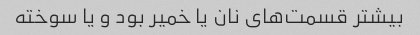
بیشتر قسمت‌های نان یا خمیر بود و یا سوخته